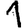
Digit: 1